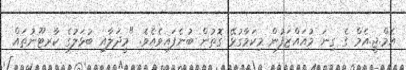
އެމް.ޖީ.އެމް ގެ ގިނަ މުއައްޒަފުން މިކަމާގުޅޭ ގޮތުން ބުނެފައިވެއެވެ. "މީދަލާއި ބުޅަލުގެ ކާރޓޫނުތައް